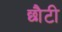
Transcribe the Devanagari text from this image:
छौटी